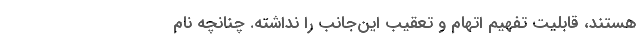
هستند، قابلیت تفهیم اتهام و تعقیب این‌جانب را نداشته. چنانچه نام